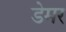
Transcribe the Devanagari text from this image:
डेमर